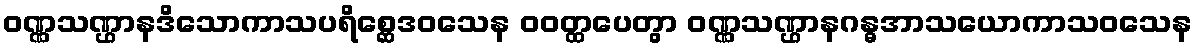
ဝဏ္ဏသဏ္ဌာနဒိသောကာသပရိစ္ဆေဒဝသေန ဝဝတ္ထပေတွာ ဝဏ္ဏသဏ္ဌာနဂန္ဓအာသယောကာသဝသေန